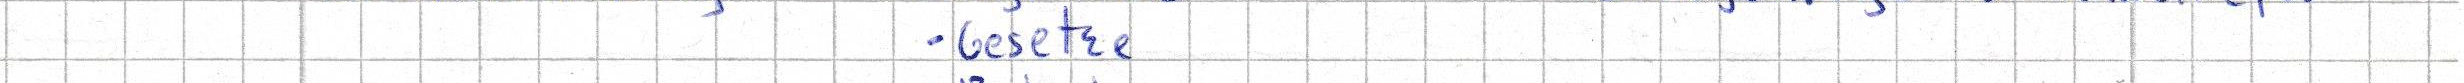
- Gesetze